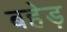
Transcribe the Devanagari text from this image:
बहेड़